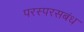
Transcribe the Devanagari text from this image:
परस्परसबंध